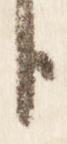
臣